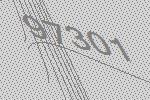
97301